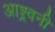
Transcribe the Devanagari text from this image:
आश्र्वनी